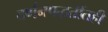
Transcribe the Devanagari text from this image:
वर्णनपद्धतींतही